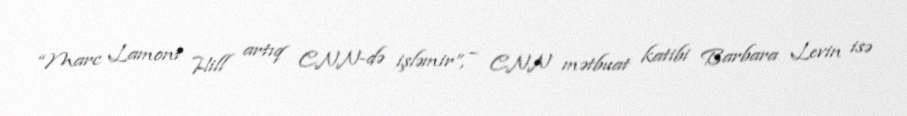
“Marc Lamont Hill artıq CNN-də işləmir”, – CNN mətbuat katibi Barbara Levin isə